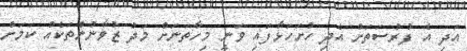
އަދި އެ ފުރުސަތަށް އެދި ހުށަހަޅާފައި ވަނީ މިހާތަނަށް މަދު ޒުވާނުންތަކެއް ކަމަށް